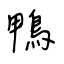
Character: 鴨